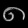
Digit: ၈